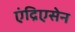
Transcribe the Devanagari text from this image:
एंद्रिएसेन